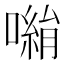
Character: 𭋀